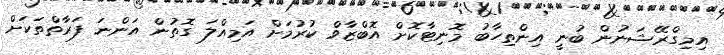
އިމިގްރޭޝަނުން ބުނީ އިންތިހާބު މޮނިޓާކޮށް އޮބްޒާވް ކުރުމަށް އަމިއްލަ ގޮތުން އަންނަ ފަރާތްތަކަށް